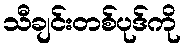
သီချင်းတစ်ပုဒ်ကို